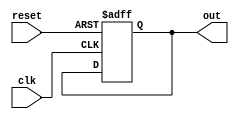
module async_reset_block (
    input wire clk,       // Clock signal
    input wire reset,     // Asynchronous reset signal
    output reg out        // Output signal
);

// Define the reset value
parameter RESET_VALUE = 1'b0;

always @(posedge clk or posedge reset) begin
    if (reset) begin
        out <= RESET_VALUE; // Set output to reset value immediately when reset is active
    end else begin
        // Normal operation logic goes here
        // For example, you can update 'out' based on other inputs or conditions
        // out <= some_logic_based_on_other_inputs;
    end
end

endmodule